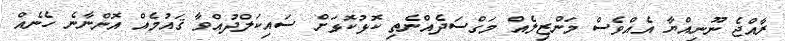
ރާއްޖެ ނޫނިއްޔާ އެއްވެސް މަންޒިލެއް މަގްސަދެއްނެތި ކޮޅުކޮޅަށް ސައިކަލްދުއްވާ ޤައުމެއް އޮންނާނެ ހެނެއް